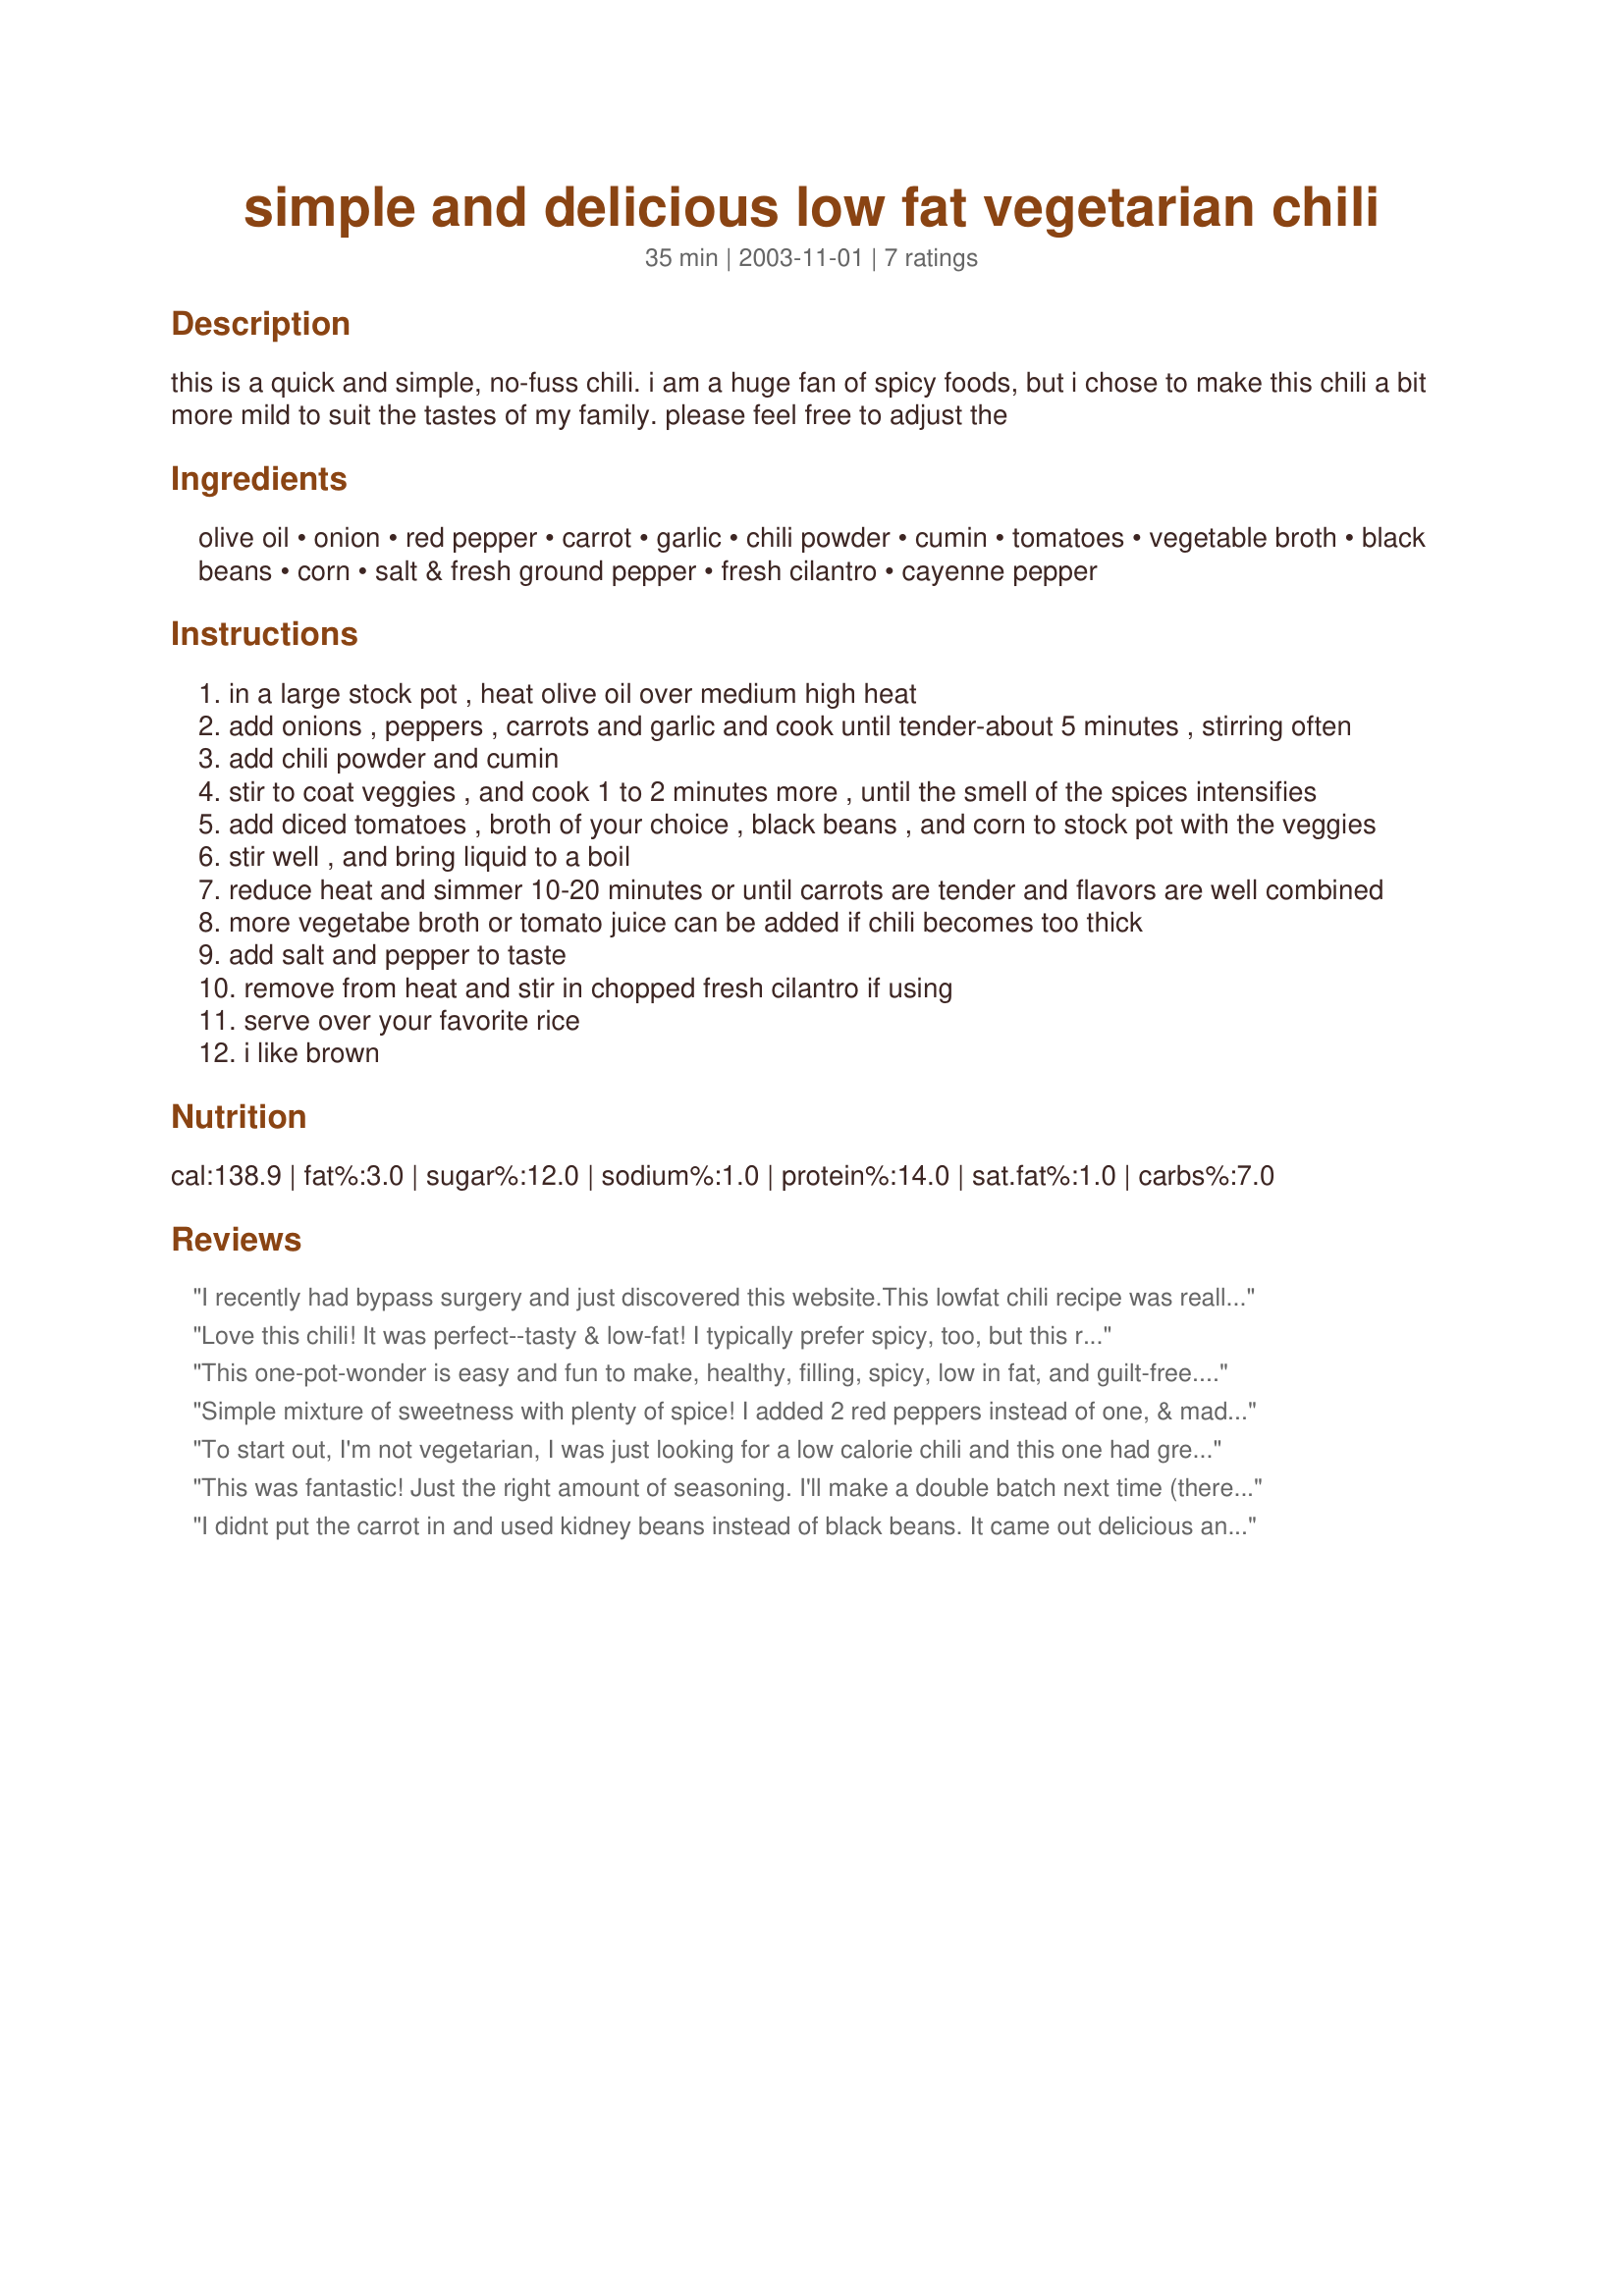
simple and delicious low fat vegetarian chili
Preparation time: 35 minutes

this is a quick and simple, no-fuss chili. i am a huge fan of spicy foods, but i chose to make this chili a bit more mild to suit the tastes of my family. please feel free to adjust the

Ingredients:
olive oil, onion, red pepper, carrot, garlic, chili powder, cumin, tomatoes, vegetable broth, black beans, corn, salt & fresh ground pepper, fresh cilantro, cayenne pepper

Steps:
in a large stock pot , heat olive oil over medium high heat
add onions , peppers , carrots and garlic and cook until tender-about 5 minutes , stirring often
add chili powder and cumin
stir to coat veggies , and cook 1 to 2 minutes more , until the smell of the spices intensifies
add diced tomatoes , broth of your choice , black beans , and corn to stock pot with the veggies
stir well , and bring liquid to a boil
reduce heat and simmer 10-20 minutes or until carrots are tender and flavors are well combined
more vegetabe broth or tomato juice can be added if chili becomes too thick
add salt and pepper to taste
remove from heat and stir in chopped fresh cilantro if using
serve over your favorite rice
i like brown

Reviews:
I recently had bypass surgery and just discovered this website.This lowfat chili recipe was really easy to make and was really delicious. I did however had to add ground turkey to my families portion but they still enjoyed it.
Love this chili! It was perfect--tasty & low-fat! I typically prefer spicy, too, but this recipe is flexible enough that one can have it mild while another can make it spicy after it's made.
This one-pot-wonder is easy and fun to make, healthy, filling, spicy, low in fat, and guilt-free. Naturally, that gets 5 stars. I doubled the recipe and made some minor changes like most cooks based on what what was in the fridge and the cupboards (mixing in kidney beans, celery and jalapeno...). Pretty much a can&#039;t-miss recipe. Great for losing weight, too.
Simple mixture of sweetness with plenty of spice! I added 2 red peppers instead of one, & made an entire stock pot full for this week's lunch. One of the best chili's I've tasted.. love the kick of spice.
To start out, I'm not vegetarian, I was just looking for a low calorie chili and this one had great reviews. I didn't add the red peppers (didn't have any), and I added about half a cup of chopped green onion. I also added a little extra cumin and chili powder as well as using a 28 oz can of diced tomatoes. This chili is absolutely fantastic. The flavor was excellent and the consistency was perfect. If you had told me that it was possible to make a great chili without meat I would have laughed, but you've got to try this one. Props to the OP
This was fantastic! Just the right amount of seasoning. I'll make a double batch next time (there were no leftovers!)

VERY simple to make. Thanks!
I didnt put the carrot in and used kidney beans instead of black beans. It came out delicious and less calories than the recipe =)
